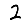
Digit: 2